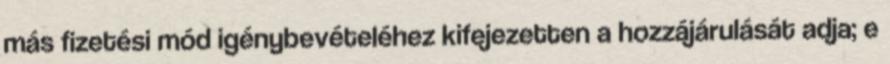
más fizetési mód igénybevételéhez kifejezetten a hozzájárulását adja; e